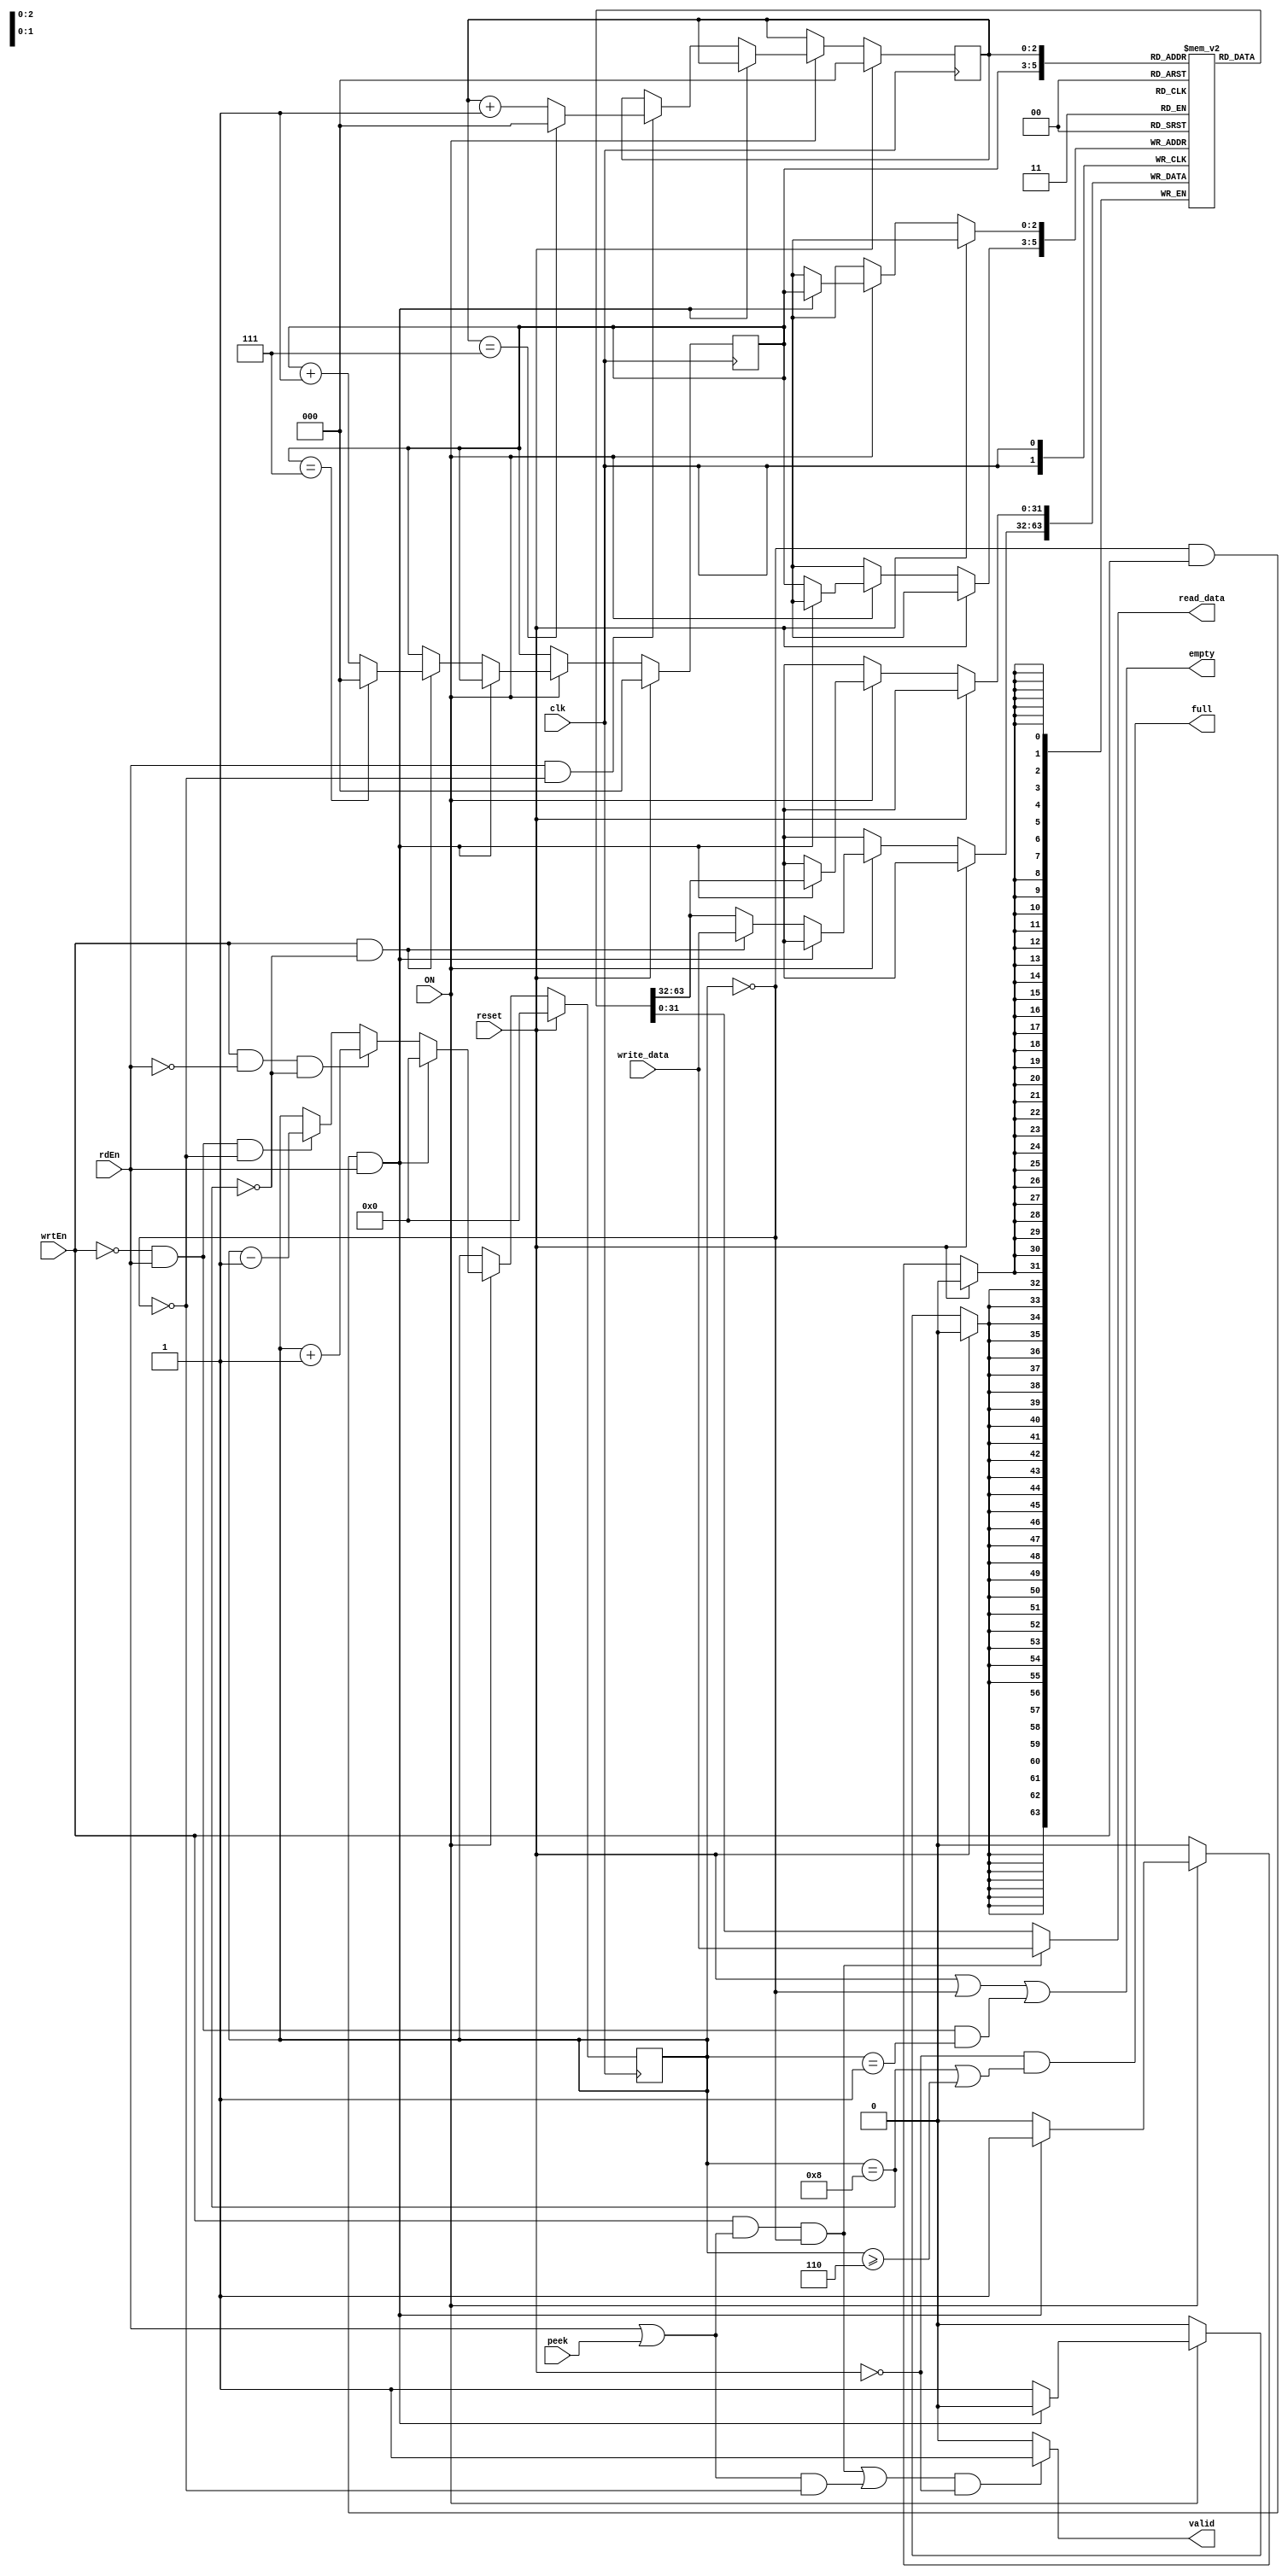

/** @module : fifo
 */
// You can write and read the same data from the fifo during the same 
// clock cycle. 

module fifo #(parameter DATA_WIDTH = 32, Q_DEPTH_BITS = 3, Q_IN_BUFFERS = 2) (
    input clk,
    input reset,
	input ON,
    input [DATA_WIDTH-1:0] write_data,
    input wrtEn,
    input rdEn,
    input peek,
    
    output [DATA_WIDTH-1:0] read_data,
    output valid,
    output full,
    output empty
); 

    localparam Q_DEPTH    = 1 << Q_DEPTH_BITS; 
    localparam BUFF_DEPTH = Q_DEPTH - 2;//TODO/
    
    reg  [Q_DEPTH_BITS-1:0]   front; 
    reg  [Q_DEPTH_BITS-1:0]   rear;
    reg  [DATA_WIDTH - 1: 0]  queue [0:Q_DEPTH-1];
    reg  [Q_DEPTH_BITS:0]     current_size;
	wire bare   = (current_size == 0); 
	wire filled = (current_size == Q_DEPTH); 
	integer i; 

//--------------Code Starts Here----------------------- 
always @ (posedge clk) begin
  if (reset) begin
  		front        <= 0; 
  		rear         <= 0; 
  		current_size <= 0; 
  end 
  else if (ON) begin 
	//else begin 
			if(bare & wrtEn & rdEn) begin 
				queue [rear]  <= queue [rear];
				rear          <= rear;
				front         <= front;
				current_size  <= 0; 
			end 
			else begin 
				queue [rear]  <= (wrtEn & ~filled)? write_data : queue [rear];
				rear          <= (wrtEn & ~filled)? (rear == (Q_DEPTH -1))? 0 : 
								 (rear + 1) : rear;
				front         <= (rdEn & ~bare)? (front == (Q_DEPTH -1))? 0 : 
								 (front + 1) : front;
				current_size  <= (wrtEn & ~rdEn & ~filled)? (current_size + 1) : 
								 (~wrtEn & rdEn & ~bare)? 
								 (current_size -1): current_size; 
			//	$display ("Wr: [%b]/t Rd: [%b]", wrtEn, rdEn);
			end 
		
      if (wrtEn & filled) begin
           $display ("ERROR: Trying to enqueue data: %h  on a full Q!",  write_data);
           $display ("INFO:  Q depth %d and current Q size %d",Q_DEPTH, current_size);
		   $display ("INFO:  Current head %d and current rear %d",front, rear);
		   for (i = 0; i < Q_DEPTH; i=i+1) begin
				$display ("INFO: Index [%d] data [%h]",i, queue[i]);
		   end 
      end
     // if (rdEn & bare & ~wrtEn) $display ("Warning: Trying to dequeue an empty Q!");
      if (peek & bare & ~wrtEn) $display ("Warning: Peeking at an empty Q!");
  end
end

//----------------------------------------------------
// Drive the outputs
//----------------------------------------------------
assign  read_data   = (wrtEn & (rdEn|peek) & bare)? write_data : queue [front];
assign  valid       = (((wrtEn & (rdEn|peek) & bare) | ((rdEn|peek) & ~bare))& ~reset)? 1 : 0;
//assign  full        = (~reset & (filled | (wrtEn & ~rdEn & (current_size >= BUFF_DEPTH))));
assign  full        = (~reset & (filled | (current_size >= BUFF_DEPTH)));
assign  empty       = (reset | bare |(~wrtEn & rdEn & (current_size == 1)));
     
endmodule